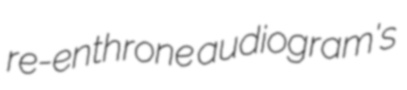
re-enthrone audiogram's